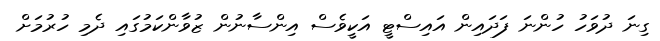
ގިނަ ދުވަހު ހުންނަ ފަދައިން އައިސްޓީ އަކީވެސް އިންސާނުން ޒުވާންކަމުގައި ދެމި ހުރުމަށް